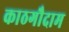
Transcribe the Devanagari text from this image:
काठगौदाम